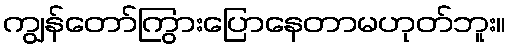
ကျွန်တော်ကြွားပြောနေတာမဟုတ်ဘူး။